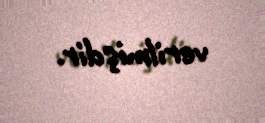
verilmişdir.